Report of the Indian Hemp Drugs Commission, 1894-1895 - Volume IV
Year: 1894
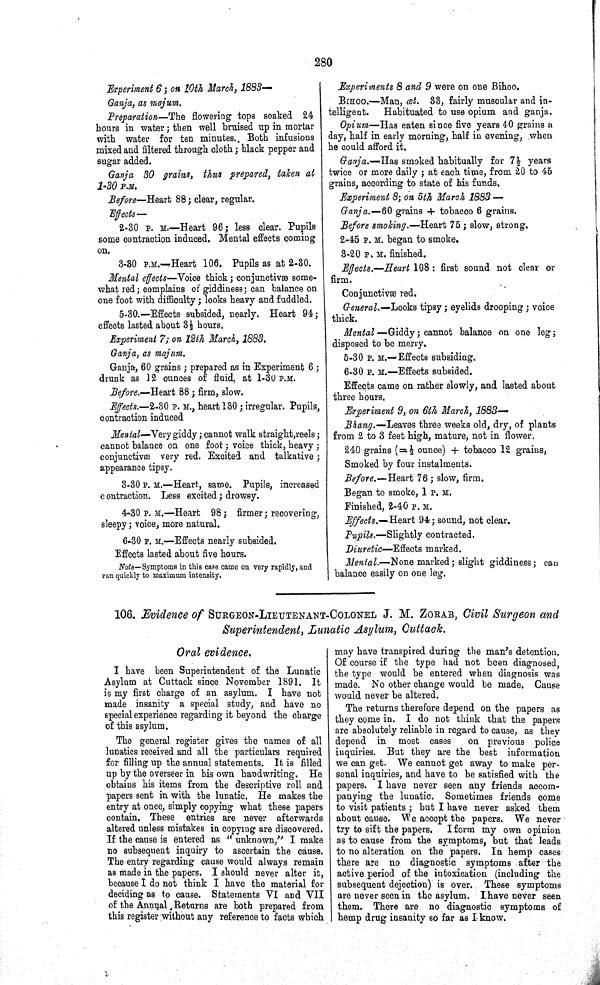
280
Experiment 6; on 10th March, 1883—
Ganja, as majum.
Preparation—The flowering tops soaked 24
hours in water; then well bruised up in mortar
with water for ten minutes. Both infusions
mixed and filtered through cloth; black pepper and
sugar added.
Ganja 30 grains, thus prepared, taken at
1-30 P.M.
Before—Heart 88; clear, regular.
Effects—
2-30 P. M.—Heart 96; less clear. Pupils
some contraction induced. Mental effects coming
on.
3-30 P.M.—Heart 106. Pupils as at 2-30.
Mental effects—Voice thick; conjunctiva some-
what red; complains of giddiness; can balance on
one foot with difficulty; looks heavy and fuddled.
5-30.—Effects subsided, nearly. Heart 94;
effects lasted about 3½ hours.
Experiment 7; on 12th March, 1883.
Ganja, as majum.
Ganja, 60 grains; prepared as in Experiment 6;
drunk as 12 ounces of fluid, at 1-30 P.M.
Before.—Heart 88; firm, slow.
Effects.—2-30 P. M., heart 130; irregular. Pupils,
contraction induced
Mental—Very giddy; cannot walk straight,reels;
cannot balance on one foot; voice thick, heavy;
conjunctivæ very red. Excited and talkative;
appearance tipsy.
3-30 P. M.—Heart, same. Pupils, increased
contraction. Less excited; drowsy.
4-30 P. M.—Heart 98; firmer; recovering,
sleepy; voice, more natural.
6-30 P. M.—Effects nearly subsided.
Effects lasted about five hours.
Note—Symptoms in this case came on very rapidly, and
ran quickly to maximum intensity.
Experiments 8 and 9 were on one Bihoo.
BIHOO.—Man, œt. 33, fairly muscular and in-
telligent.
Habituated to use opium and ganja.
Opium—Has eaten since five years 40 grains a
day, half in early morning, half in evening, when
he could afford it.
Ganja.—Has smoked habitually for 7½ years
twice or more daily; at each time, from 20 to 45
grains, according to state of his funds.
Experiment 8; on 5th March 1883—
Ganja.—60 grains + tobacco 6 grains.
Before smoking.—Heart 75; slow, strong,
2-45 P. M. began to smoke.
3-20 P. M. finished.
Effects.—Heart 108: first sound not clear or
firm.
Conjunctivæ red.
General.—Looks tipsy; eyelids drooping; voice
thick.
Mental —Giddy; cannot balance on one leg;
disposed to be merry,
5-30 P. M.—Effects subsiding.
6-30 P. M.—Effects subsided.
Effects came on rather slowly, and lasted about
three hours.
Experiment 9, on 6th March, 1883—
Bhang.—Leaves three weeks old, dry, of plants
from 2 to 3 feet high, mature, not in flower.
240 grains (= ½ ounce) + tobacco 12 grains,
Smoked by four instalments.
Before.—Heart 76; slow, firm.
Began to smoke, 1 P. M.
Finished, 2-40 P. M.
Effects.—Heart 94; sound, not clear.
Pupils.—Slightly contracted.
Diuretic—Effects marked.
Mental.—None marked; slight giddiness; can
balance easily on one leg.
106. Evidence of SURGEON-LIEUTENANT-COLONEL J. M. ZORAB, Civil Surgeon and
Superintendent, Lunatic Asylum, Cuttack.
Oral evidence.
I have been Superintendent of the Lunatic
Asylum at Cuttack since November 1891. It
is my first charge of an asylum. I have not
made insanity a special study, and have no
special experience regarding it beyond the charge
of this asylum.
The general register gives the names of all
lunatics received and all the particulars required
for filling up the annual statements. It is filled
up by the overseer in his own handwriting. He
obtains his items from the descriptive roll and
papers sent in with the lunatic. He makes the
entry at once, simply copying what these papers
contain. These entries are never afterwards
altered unless mistakes in copying are discovered.
If the cause is entered as "unknown," I make
no subsequent inquiry to ascertain the cause.
The entry regarding cause would always remain
as made in the papers. I should never alter it,
because I do not think I have the material for
deciding as to cause. Statements VI and VII
of the Annual Returns are both prepared from
this register without any reference to facts which
may have transpired during the man's detention.
Of course if the type had not been diagnosed,
the type would be entered when diagnosis was
made. No other change would be made. Cause
would never be altered.
The returns therefore depend on the papers as
they come in. I do not think that the papers
are absolutely reliable in regard to cause, as they
depend in most cases
on previous police
inquiries. But they are the best information
we can get. We cannot get away to make per-
sonal inquiries, and have to be satisfied with the
papers. I have never seen any friends accom-
panying the lunatic. Sometimes friends come
to visit patients; but I have never asked them
about cause. We accept the papers. We never
try to sift the papers.
I form my own opinion
as to cause from the symptoms, but that leads
to no alteration on the papers. In hemp cases
there are no diagnostic symptoms after the
active period of the intoxication (including the
subsequent dejection) is over. These symptoms
are never seen in the asylum. I have never seen
them. There are no diagnostic symptoms of
hemp drug insanity so far as I know.